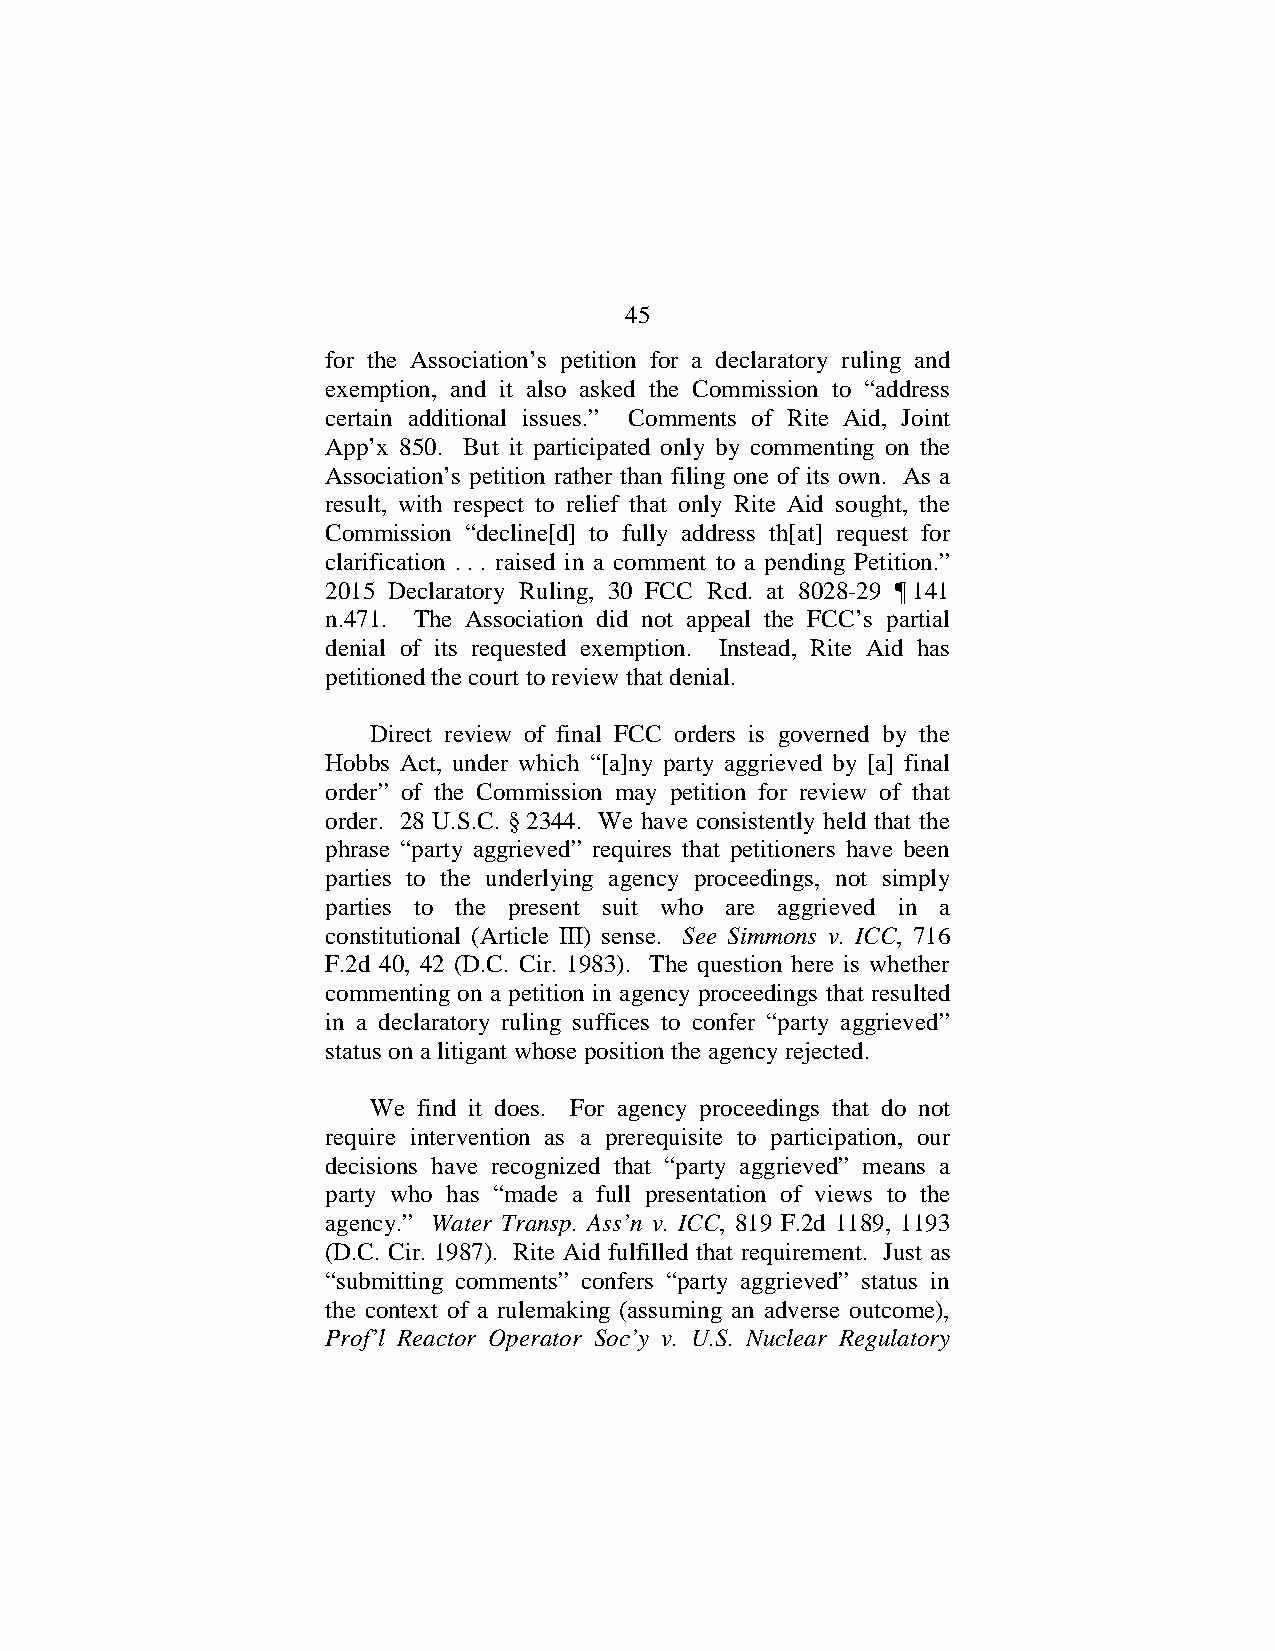
45
 for the Association’s petition for a declaratory ruling and
 exemption, and it also asked the Commission to “address
 certain additional issues.” Comments of Rite Aid, Joint
 App’x 850. But it participated only by commenting on the
 Association’s petition rather than filing one of its own. As a
 result, with respect to relief that only Rite Aid sought, the
 Commission “decline[d] to fully address th[at] request for
 clarification . . . raised in a comment to a pending Petition.”
 2015 Declaratory Ruling, 30 FCC Rcd. at 8028-29 ¶ 141
 n.471. The Association did not appeal the FCC’s partial
 denial of its requested exemption. Instead, Rite Aid has
 petitioned the court to review that denial.
 Direct review of final FCC orders is governed by the
 Hobbs Act, under which “[a]ny party aggrieved by [a] final
 order” of the Commission may petition for review of that
 order. 28 U.S.C. § 2344. We have consistently held that the
 phrase “party aggrieved” requires that petitioners have been
 parties to the underlying agency proceedings, not simply
 parties to the present suit who are aggrieved in a
 constitutional (Article III) sense. See Simmons v. ICC, 716
 F.2d 40, 42 (D.C. Cir. 1983). The question here is whether
 commenting on a petition in agency proceedings that resulted
 in a declaratory ruling suffices to confer “party aggrieved”
 status on a litigant whose position the agency rejected.
 We  find it does. For agency proceedings that do not
 require intervention as a prerequisite to participation, our
 decisions have recognized that “party aggrieved” means a
 party who has “made a full presentation of views to the
 agency.” Water Transp. Ass’n v. ICC, 819 F.2d 1189, 1193
 (D.C. Cir. 1987). Rite Aid fulfilled that requirement. Just as
 “submitting comments” confers “party aggrieved” status in
 the context of a rulemaking (assuming an adverse outcome),
 Prof’l Reactor Operator Soc’y v. U.S. Nuclear Regulatory